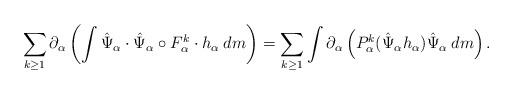
LaTeX: \begin{align*}\sum_{k \geq 1} \partial_{\alpha}\left(\int \hat \Psi_{\alpha} \cdot \hat \Psi_{\alpha} \circ F_{\alpha}^k \cdot h_{\alpha}\: dm\right)= \sum_{k \geq 1} \int \partial_{\alpha}\left(P_{\alpha}^k(\hat \Psi_{\alpha} h_{\alpha}) \hat \Psi_{\alpha} \: dm \right).\end{align*}